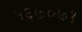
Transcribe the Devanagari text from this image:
५६७०७१